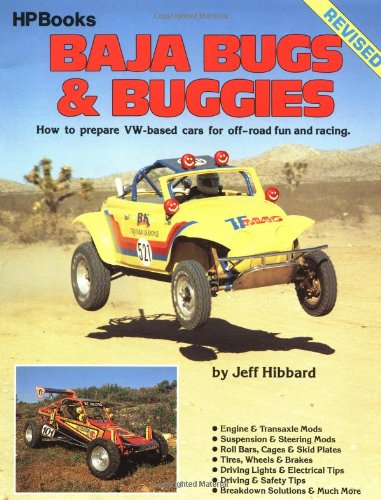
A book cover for Baja Bugs and Buggies: How to prepare VW-based cars for off-road fun and racing; Jeff Hibbard; Engineering & Transportation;